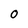
Character: O